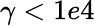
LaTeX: \gamma<1e4